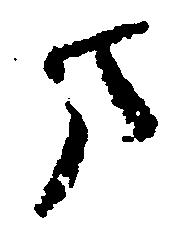
ま